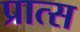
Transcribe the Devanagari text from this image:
प्रात्स